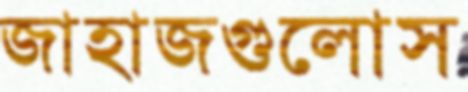
জাহাজগুলোস